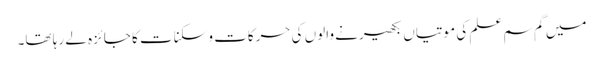
میں گم سم علم کی موتیاں بکھیرنے والوں کی حرکات وسکنات کا جائزہ لے رہا تھا۔